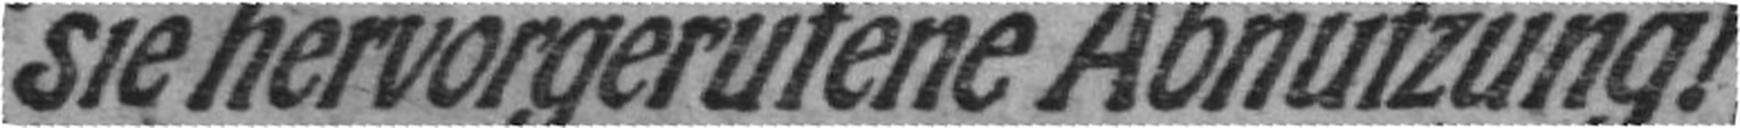
sie hervorgerufene Abnützung!